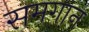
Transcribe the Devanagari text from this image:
समगान